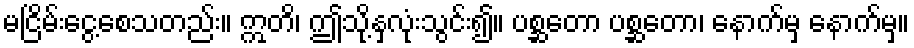
မငြိမ်းငွေ့စေသတည်း။ ဣတိ၊ ဤသို့နှလုံးသွင်း၍။ ပစ္ဆတော ပစ္ဆတော၊ နောက်မှ နောက်မှ။